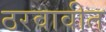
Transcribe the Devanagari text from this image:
ठरवावीत